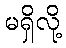
မရှိလို့